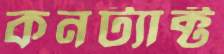
কনট্যাক্ট